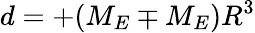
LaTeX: d=+(M_{E}\mp M_{E})R^{3}